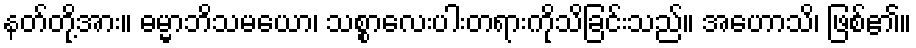
နတ်တို့အား။ ဓမ္မာဘိသမယော၊ သစ္စာလေးပါးတရားကိုသိခြင်းသည်။ အဟောသိ၊ ဖြစ်၏။